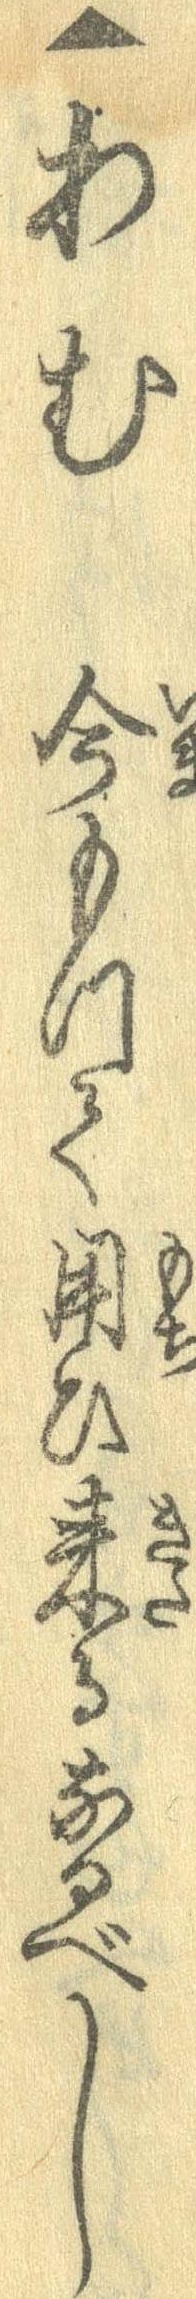
▲わむ今もって用ひ来るなるべし